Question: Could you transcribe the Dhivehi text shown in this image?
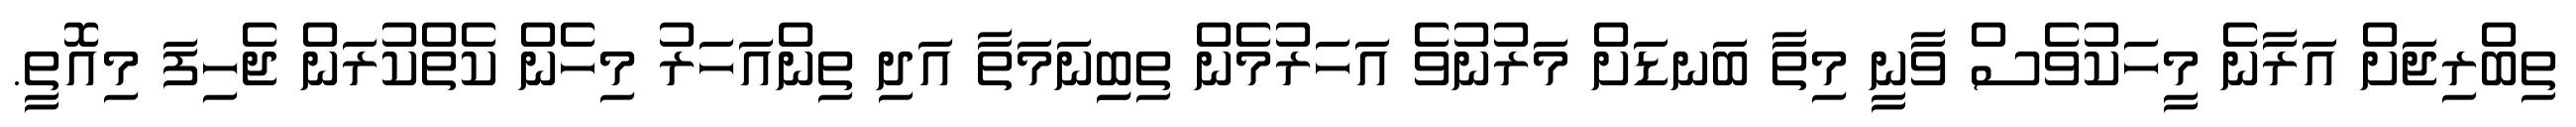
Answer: ތިބްރިޖަށް އަރާނެ މީހަކުވެސް ވާނީ މިތާ ބަނޑަށް މަރުނުވެ އަހަރުމެން ތިބިިނަމަތާ އަދި ތިންއަހަރު މިހެން ކެތްކުރަން ޖެހިފަ މިއޮތީ.